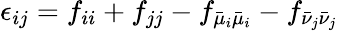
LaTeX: \epsilon_{ij}={f_{ii}+f_{jj}-f_{\bar{\mu}_{i}\bar{\mu}_{i}}-f_{\bar{\nu}_{j}\bar{\nu}_{j}}}